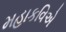
મહાકવિએ